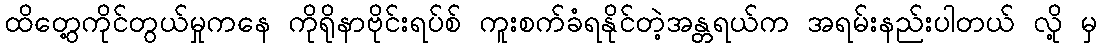
ထိတွေ့ကိုင်တွယ်မှုကနေ ကိုရိုနာဗိုင်းရပ်စ် ကူးစက်ခံရနိုင်တဲ့အန္တရယ်က အရမ်းနည်းပါတယ် လို့ မှ